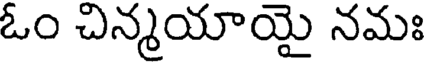
ఓం చిన్మయాయై నమః